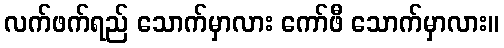
လက်ဖက်ရည် သောက်မှာလား ကော်ဖီ သောက်မှာလား။